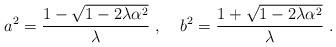
LaTeX: \begin{align*}a^2 = \frac{1 - \sqrt{1 - 2 \lambda \alpha^2}}{\lambda} \; , \; \; \; \; b^2 = \frac{1 + \sqrt{1 - 2 \lambda \alpha^2}}{\lambda} \; .\end{align*}